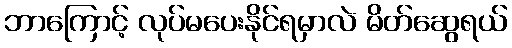
ဘာကြောင့် လုပ်မပေးနိုင်ရမှာလဲ မိတ်ဆွေရယ်